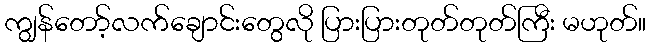
ကျွန်တော့်လက်ချောင်းတွေလို ပြားပြားတုတ်တုတ်ကြီး မဟုတ်။